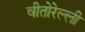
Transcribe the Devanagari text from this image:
वीतोरेल्ली